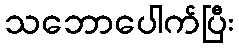
သဘောပေါက်ပြီး